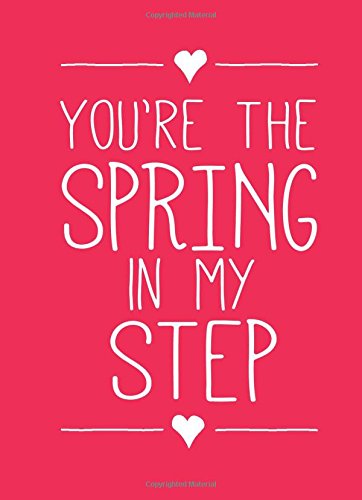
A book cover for You're the Spring in My Step; Andrews McMeel Publishing LLC; Parenting & Relationships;